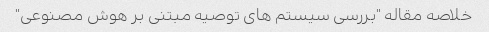
خلاصه مقاله "بررسی سیستم های توصیه مبتنی بر هوش مصنوعی"